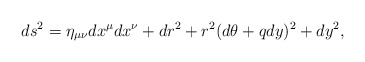
\begin{align*}ds^2 = \eta_{\mu\nu}dx^\mu dx^\nu + dr^2 + r^2(d\theta+qdy)^2 + dy^2,\end{align*}